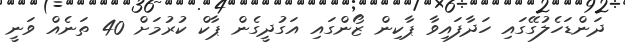
ދަންޑަހެލުގޭގައި ހަދާފައިވާ ޕާކިން ޒޯންގައި އަގުދީގެން ޕާކް ކުރުމަށް 40 ތަނެއް ވަނީ